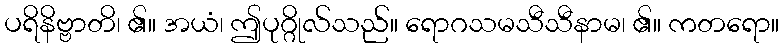
ပရိနိဗ္ဗာတိ၊ ၏။ အယံ၊ ဤပုဂ္ဂိုလ်သည်။ ရောဂသမသီသီနာမ၊ ၏။ ကတရော။